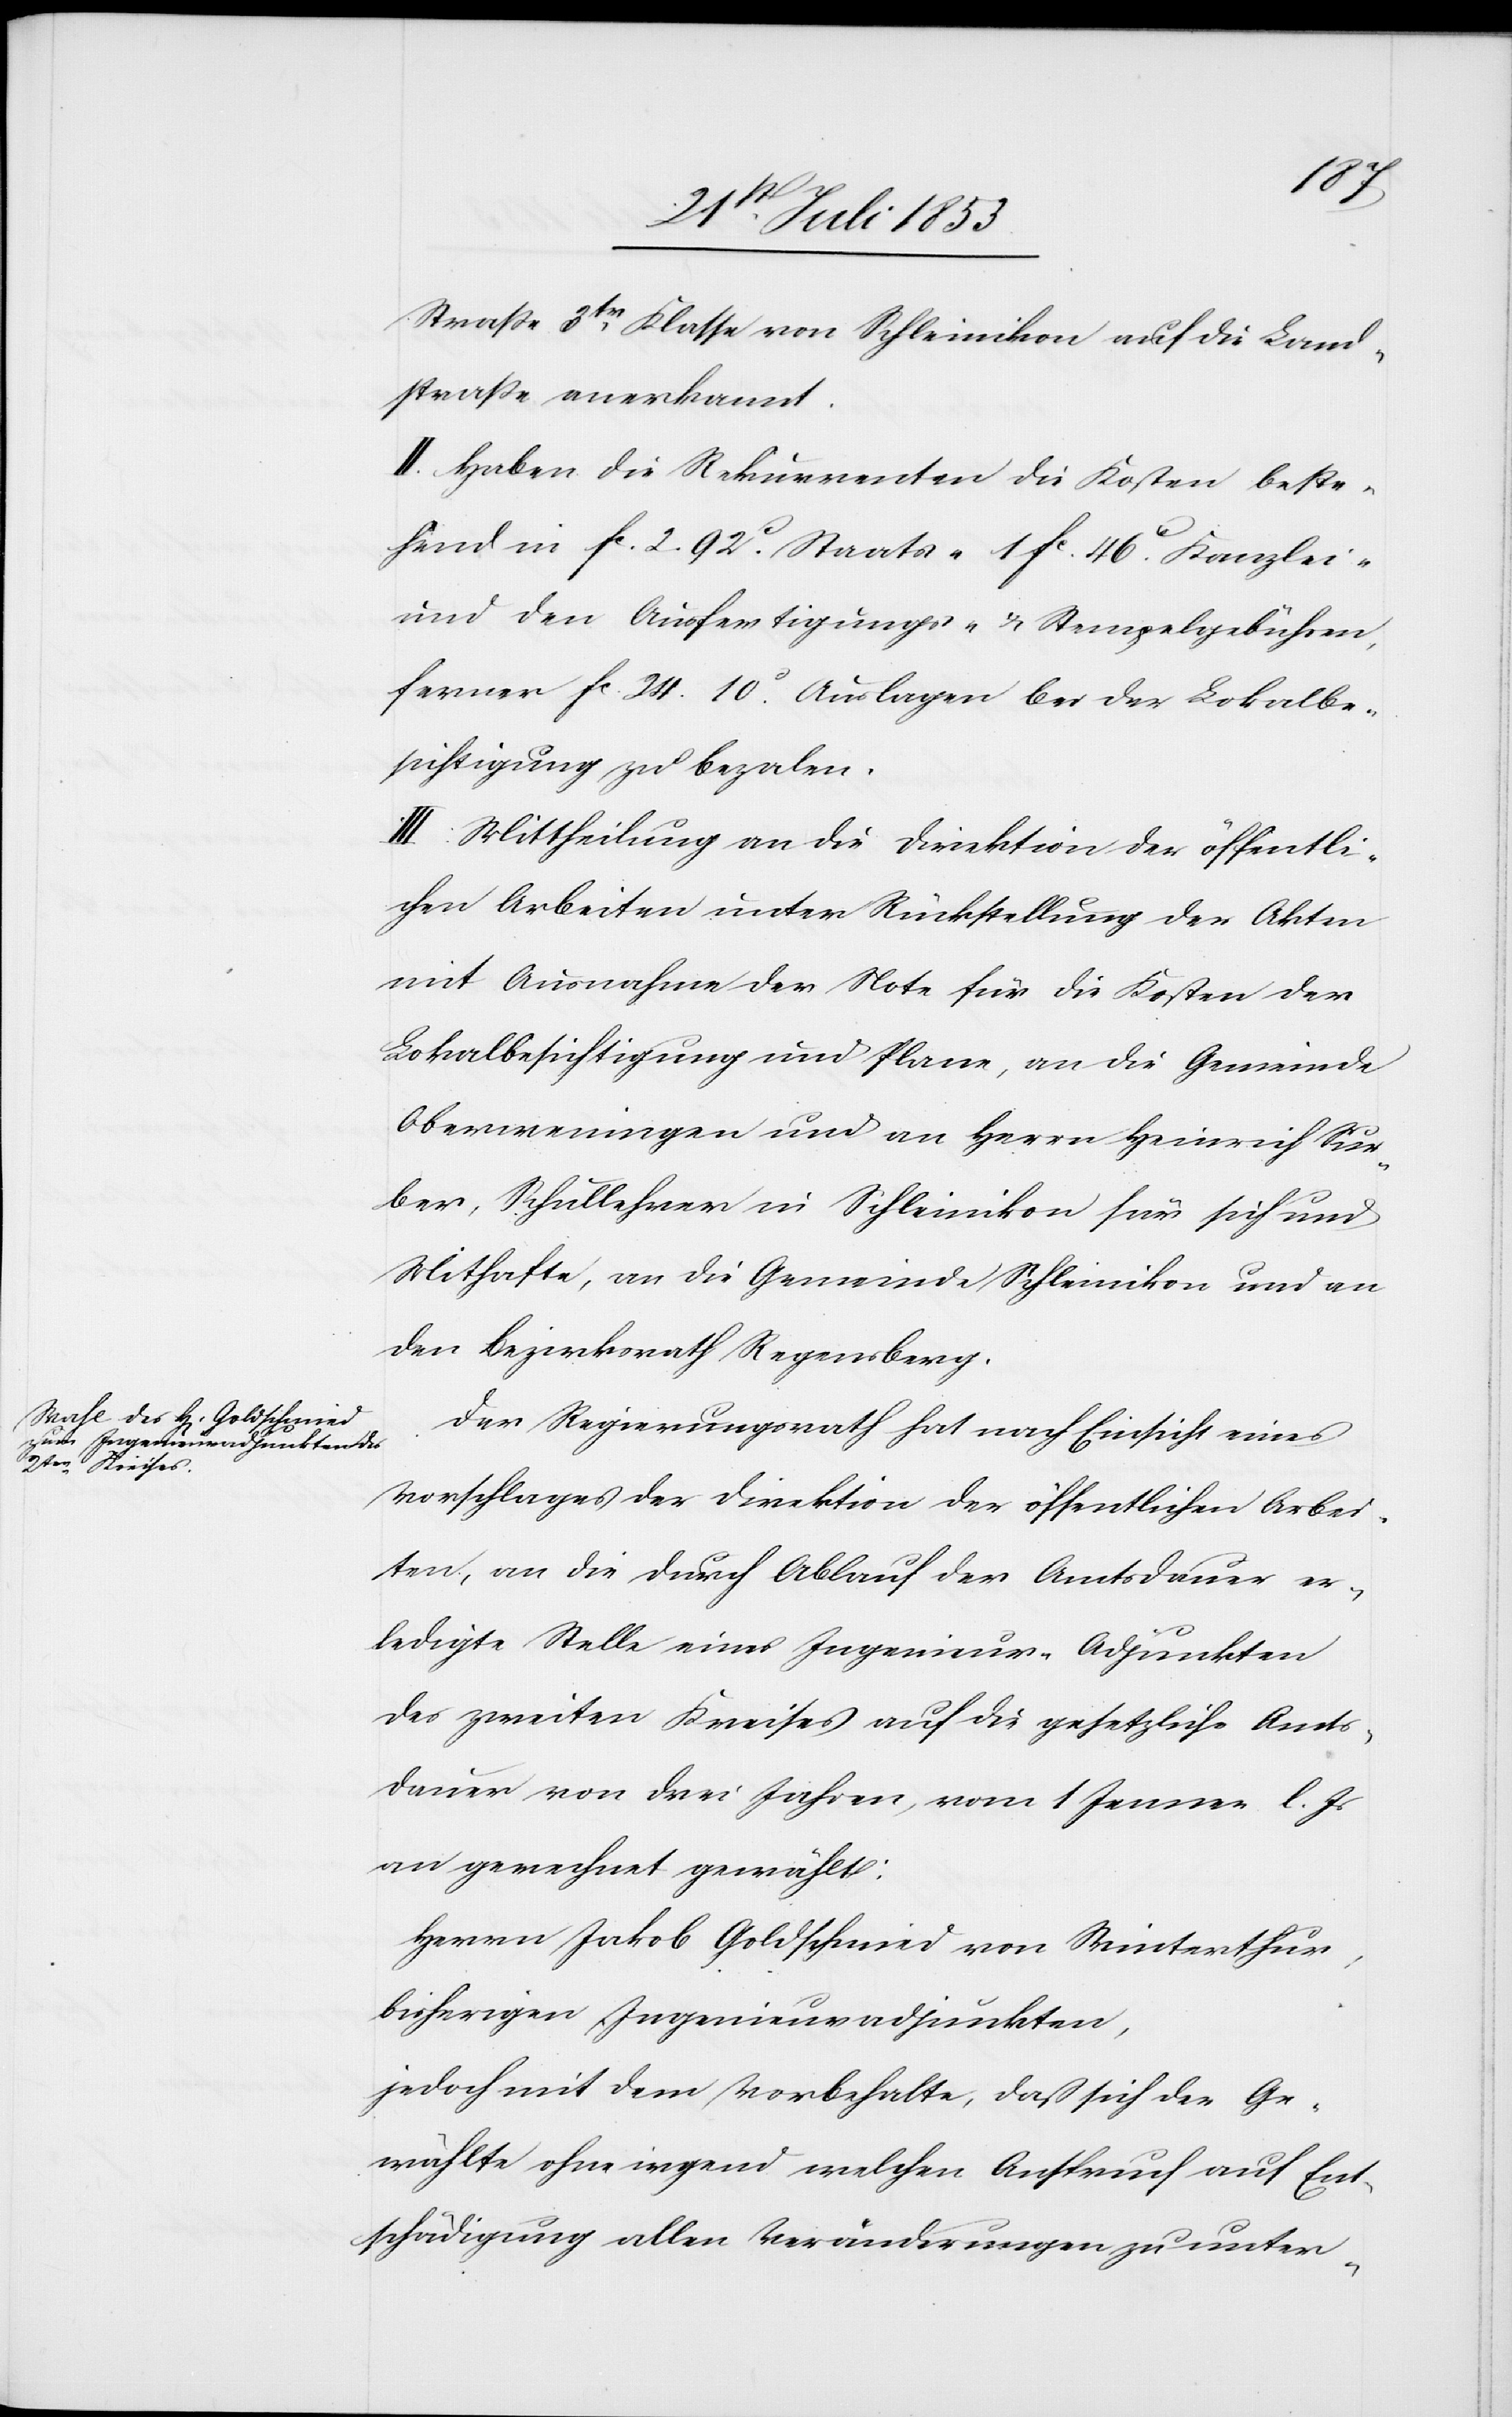
Straße 3tr Klasse von Schleinikon auf die Land¬
straße anerkannt.
II. Haben die Rekurrenten die Kosten beste¬
hend in fc 2. 92c Staats- 1 fc 46c Kanzlei-
und den Ausfertigungs- u. Stempelgebühren,
ferner fc 24.10c Auslagen bei der Lokalbe¬
sichtigung zu bezalen.
III. Mittheilung an die Direktion der öffentli¬
chen Arbeiten unter Rückstellung der Akten
mit Auslagen der Note für die Kosten der
Lokalbesichtigung und Plane, an die Gemeinde
Oberweningen und an Herrn Heinrich Sur¬
ber, Schullehrer in Schleinikon für sich und
Mithafte, an die Gemeinde Schleinikon und an
den Bezirksrath Regensberg.
Der Regierungsrath hat nach Einsicht eines
Vorschlages der Direktion der öffentlichen Arbei¬
ten, an die durch Ablauf der Amtsdauer er¬
ledigte Stelle eines Ingenieur-Adjunkten
des zweiten Kreises auf die gesetzliche Amts¬
dauer von drei Jahren, vom 1 Jenner l. Js.
an gerechnet gewählt:
Herrn Jakob Goldschmied von Winterthur,
bisherigen Ingenieuradjunkten,
jedoch mit dem Vorbehalte, daß sich der Ge¬
wählte ohne irgend welchen Anspruch auf Ent¬
schädigung allen Veränderungen zu unter-